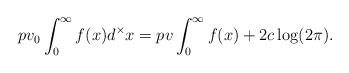
LaTeX: \begin{align*}pv_0\int^\infty_0 f(x)d^\times x=pv\int_0^\infty f(x)+2c\log (2\pi).\end{align*}